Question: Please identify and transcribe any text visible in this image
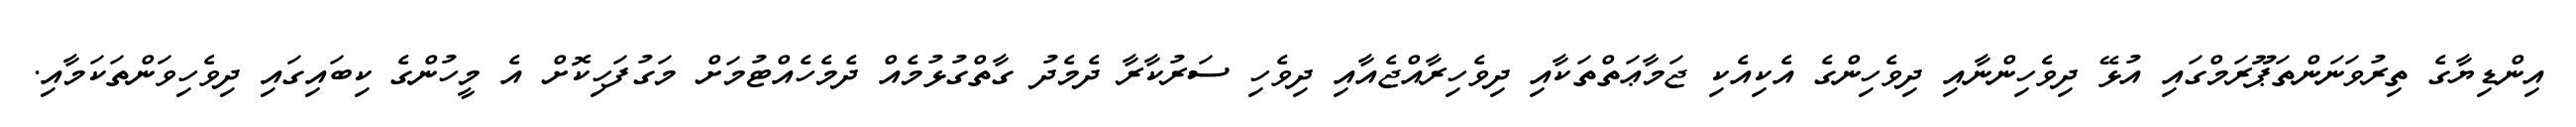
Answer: އިންޑިޔާގެ ތިރުވަނަންތަޕޫރަމްގައި އުޅޭ ދިވެހިންނާއި ދިވެހިންގެ އެކިއެކި ޖަމާޢަތްތަކާއި ދިވެހިރާއްޖެއާއި ދިވެހި ސަރުކާރާ ދެމެދު ގާތްގުޅުމެއް ދެމެހެއްޓުމަށް މަގުފަހިކޮށް އެ މީހުންގެ ކިބައިގައި ދިވެހިވަންތަކަމާއި.